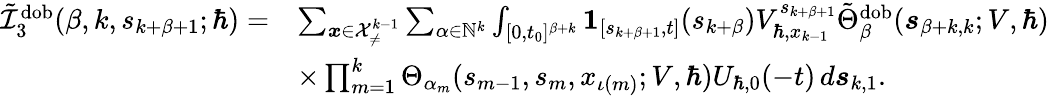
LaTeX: \begin{array}{rl}{\tilde{\mathcal{I}}_{3}^{\mathrm{dob}}(\beta,k,s_{k+\beta+1};\hbar)=}&{\sum_{\boldsymbol{x}\in\mathcal{X}_{\neq}^{k-1}}\sum_{\alpha\in\mathbb{N}^{k}}\int_{[0,t_{0}]^{\beta+k}}\boldsymbol{1}_{[s_{k+\beta+1},t]}(s_{k+\beta})V_{\hbar,x_{k-1}}^{s_{k+\beta+1}}\tilde{\Theta}_{\beta}^{\mathrm{dob}}(\boldsymbol{s}_{\beta+k,k};V,\hbar)}\\ &{\times\prod_{m=1}^{k}\Theta_{\alpha_{m}}(s_{m-1},{s}_{m},x_{\iota(m)};V,\hbar)U_{\hbar,0}(-t)\, d\boldsymbol{s}_{k,1}.}\end{array}